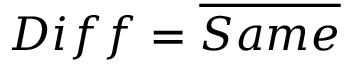
D i f f = { \overline { { S a m e } } }